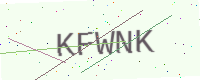
Text: KFWNK